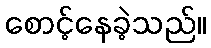
စောင့်နေခဲ့သည်။